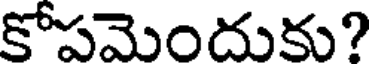
కోపమెందుకు?